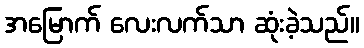
အမြောက် လေးလက်သာ ဆုံးခဲ့သည်။